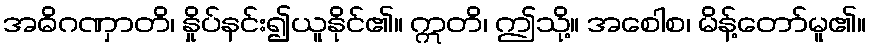
အဓိဂဏှာတိ၊ နှိုပ်နင်း၍ယူနိုင်၏။ ဣတိ၊ ဤသို့။ အစေါစ၊ မိန့်တော်မူ၏။